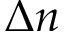
\Delta n